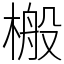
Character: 㮽